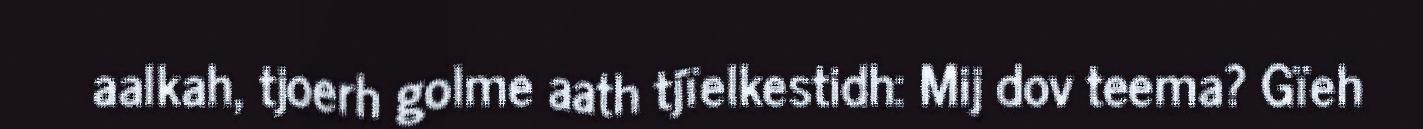
aalkah, tjoerh golme aath tjïelkestidh: Mij dov teema? Gïeh